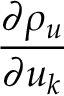
\frac { \partial \rho _ { u } } { \partial u _ { k } }